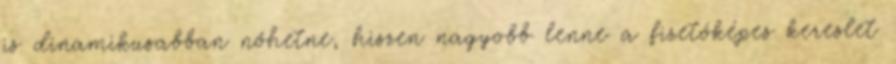
is dinamikusabban nőhetne, hiszen nagyobb lenne a fizetőképes kereslet